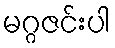
မဂ္ဂဇင်းပါ